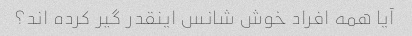
آیا همه افراد خوش شانس اینقدر گیر کرده اند؟